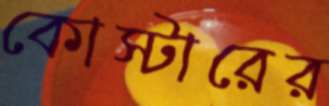
কোস্টারের